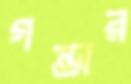
গন্ডার